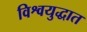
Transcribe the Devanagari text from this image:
विश्वयुद्धात